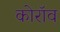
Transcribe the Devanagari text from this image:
कोरॉव